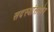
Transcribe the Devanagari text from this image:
सदस्यांसमोर